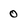
Character: 0